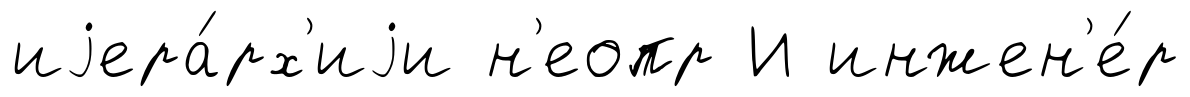
иjера́рх'иjи н'еопр И инжен'е́р